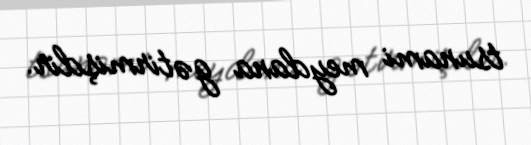
tsunami meydana gətirmişdir.